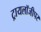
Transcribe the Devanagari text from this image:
ट्रायलॉजीपर